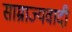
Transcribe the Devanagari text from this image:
साम्राज्‍यवादी